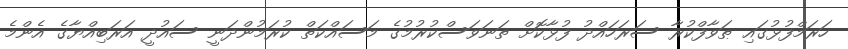
ހަރަމްފުޅުގައި ޠަވާފްކުރާ ސަރަހައްދު ފުޅާކޮށް ތަނަވަސްކުރުމުގެ މަސައްކަތް ކުރަމުންދަނީ ސައުދީ އަރަބިއްޔާގެ އެންމެ